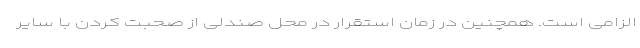
الزامی است. همچنین در زمان استقرار در محل صندلی از صحبت کردن با سایر